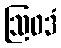
ဩဝဒံ